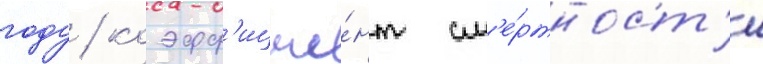
году / коэфф'ицие́нт см'е́ртност'и